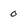
Character: 0